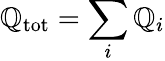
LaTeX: \mathbb{Q}_{\mathrm{{tot}}}=\sum_{i}\mathbb{Q}_{i}